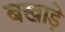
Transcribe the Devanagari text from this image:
बखाड़े